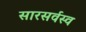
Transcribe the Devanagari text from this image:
सारसर्वस्व